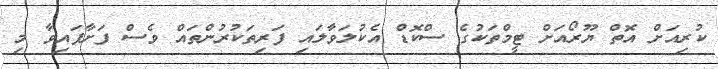
ކުރިއަށް އޮތް ޔޫރޯއަށް ޓީމްތަކުގެ ސްކޮޑް އެކުލަވާލައި ފަރިތަކުރުންތައް ވެސް ފަށާފައިވާ މި